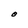
Character: O